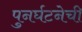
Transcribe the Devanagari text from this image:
पुनर्घटनेची